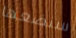
سنضعها